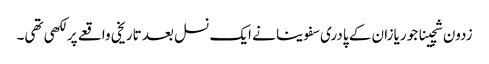
زدون شچینا جو ریازان کے پادری سفوینا نے ایک نسل بعد تاریخی واقعے پر لکھی تھی۔